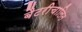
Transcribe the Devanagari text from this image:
बैटरीचालित